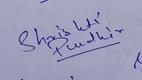
Signature authenticity: genuine